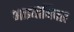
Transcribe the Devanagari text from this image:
आइयोनिक्स